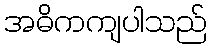
အဓိကကျပါသည်